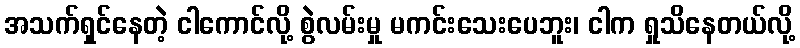
အသက်ရှင်နေတဲ့ ငါကောင်လို့ စွဲလမ်းမှု မကင်းသေးပေဘူး၊ ငါက ရှုသိနေတယ်လို့